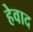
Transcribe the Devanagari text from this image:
हेवाद